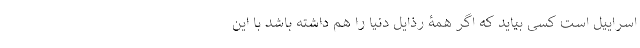
اسراییل است کسی بیاید که اگر همۀ رذایل دنیا را هم داشته باشد با این